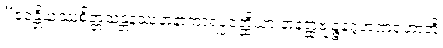
“ဧဝန္တိယဿစိတ္တသန္တနဿနာနာကာရပ္ပဝတ္ထိယာ နာနတ္ထဗျဉ္ဇနဂ္ဂဟဏံဟောတိ